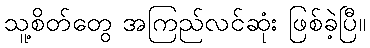
သူ့စိတ်တွေ အကြည်လင်ဆုံး ဖြစ်ခဲ့ပြီ။